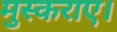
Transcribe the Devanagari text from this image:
मुस्कराए।